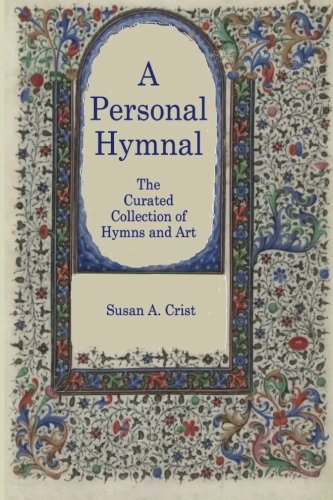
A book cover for A Personal Hymnal: The Curated Collection of Hymns and Art; Susan A. Crist; Christian Books & Bibles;